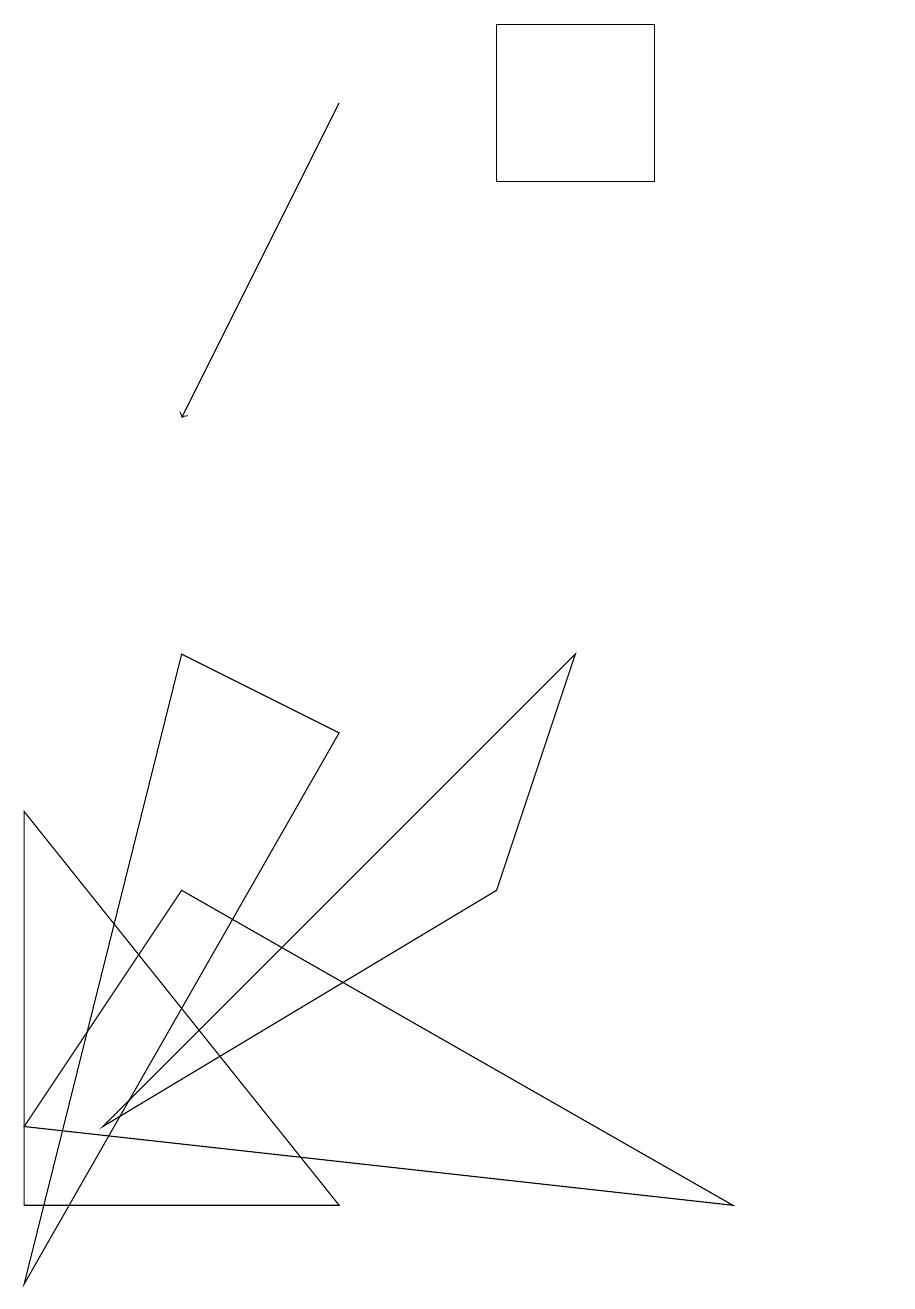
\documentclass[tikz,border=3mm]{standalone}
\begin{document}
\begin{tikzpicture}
\draw[->] (4,16) -- (2,12);
\draw (6,6) -- (7,9) -- (1,3) -- cycle;
\draw (11,10) circle (0);
\draw (4,2) -- (0,7) -- (0,2) -- cycle;
\draw (4,8) -- (0,1) -- (2,9) -- cycle;
\draw (9,2) -- (2,6) -- (0,3) -- cycle;
\draw (8,17) rectangle (6,15);
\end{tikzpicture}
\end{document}